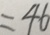
= 4 6